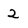
Character: 2